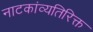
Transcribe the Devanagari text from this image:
नाटकांव्यतिरिक्त